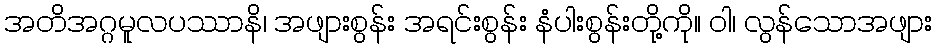
အတိအဂ္ဂမူလပဿာနိ၊ အဖျားစွန်း အရင်းစွန်း နံပါးစွန်းတို့ကို။ ဝါ၊ လွန်သောအဖျား